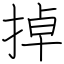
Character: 掉